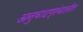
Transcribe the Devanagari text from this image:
अनुवादग्रंथातील